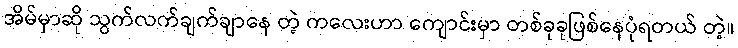
အိမ်မှာဆို သွက်လက်ချက်ချာနေ တဲ့ ကလေးဟာ ကျောင်းမှာ တစ်ခုခုဖြစ်နေပုံရတယ် တဲ့။